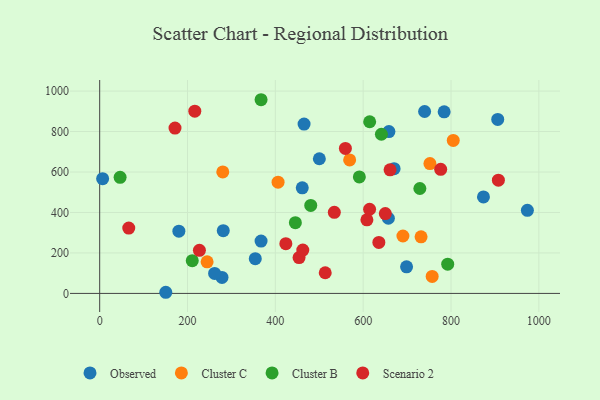
{"axis": {"x": "Investment", "y": "Sales"}, "legend": ["Cluster B", "Cluster C", "Observed", "Scenario 2"], "data": [{"x": "354.3", "y": 171.8, "type": "Observed"}, {"x": "906.4", "y": 859.6, "type": "Observed"}, {"x": "658.6", "y": 799.8, "type": "Observed"}, {"x": "367.5", "y": 258.7, "type": "Observed"}, {"x": "465.4", "y": 837.0, "type": "Observed"}, {"x": "784.4", "y": 897.4, "type": "Observed"}, {"x": "698.8", "y": 131.4, "type": "Observed"}, {"x": "670.4", "y": 616.4, "type": "Observed"}, {"x": "739.9", "y": 899.1, "type": "Observed"}, {"x": "461.3", "y": 521.7, "type": "Observed"}, {"x": "973.9", "y": 410.8, "type": "Observed"}, {"x": "281.4", "y": 310.2, "type": "Observed"}, {"x": "180.3", "y": 307.4, "type": "Observed"}, {"x": "500.2", "y": 665.4, "type": "Observed"}, {"x": "657.4", "y": 371.5, "type": "Observed"}, {"x": "150.5", "y": 5.6, "type": "Observed"}, {"x": "278.5", "y": 79.1, "type": "Observed"}, {"x": "6.7", "y": 567.0, "type": "Observed"}, {"x": "873.9", "y": 477.0, "type": "Observed"}, {"x": "261.7", "y": 98.6, "type": "Observed"}, {"x": "690.5", "y": 283.6, "type": "Cluster C"}, {"x": "805.1", "y": 755.9, "type": "Cluster C"}, {"x": "280.3", "y": 600.6, "type": "Cluster C"}, {"x": "757.1", "y": 83.7, "type": "Cluster C"}, {"x": "569.2", "y": 659.5, "type": "Cluster C"}, {"x": "752.0", "y": 641.5, "type": "Cluster C"}, {"x": "244.6", "y": 155.9, "type": "Cluster C"}, {"x": "731.8", "y": 279.7, "type": "Cluster C"}, {"x": "406.2", "y": 549.7, "type": "Cluster C"}, {"x": "210.8", "y": 162.0, "type": "Cluster B"}, {"x": "367.5", "y": 957.2, "type": "Cluster B"}, {"x": "445.6", "y": 349.8, "type": "Cluster B"}, {"x": "46.5", "y": 573.5, "type": "Cluster B"}, {"x": "480.6", "y": 434.6, "type": "Cluster B"}, {"x": "614.8", "y": 848.3, "type": "Cluster B"}, {"x": "729.1", "y": 518.4, "type": "Cluster B"}, {"x": "792.5", "y": 144.5, "type": "Cluster B"}, {"x": "641.5", "y": 786.6, "type": "Cluster B"}, {"x": "591.3", "y": 575.8, "type": "Cluster B"}, {"x": "454.0", "y": 177.3, "type": "Scenario 2"}, {"x": "776.5", "y": 613.2, "type": "Scenario 2"}, {"x": "608.5", "y": 363.9, "type": "Scenario 2"}, {"x": "661.2", "y": 610.6, "type": "Scenario 2"}, {"x": "635.7", "y": 251.8, "type": "Scenario 2"}, {"x": "650.4", "y": 394.5, "type": "Scenario 2"}, {"x": "423.9", "y": 245.6, "type": "Scenario 2"}, {"x": "907.9", "y": 559.8, "type": "Scenario 2"}, {"x": "559.5", "y": 716.6, "type": "Scenario 2"}, {"x": "171.5", "y": 817.2, "type": "Scenario 2"}, {"x": "534.3", "y": 400.5, "type": "Scenario 2"}, {"x": "513.6", "y": 102.1, "type": "Scenario 2"}, {"x": "227.1", "y": 212.7, "type": "Scenario 2"}, {"x": "216.6", "y": 900.5, "type": "Scenario 2"}, {"x": "462.5", "y": 214.3, "type": "Scenario 2"}, {"x": "614.6", "y": 416.0, "type": "Scenario 2"}, {"x": "66.2", "y": 322.8, "type": "Scenario 2"}]}